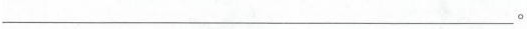
\underline。